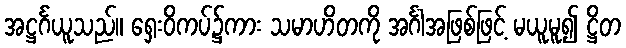
အဋ္ဌင်္ဂယူသည်။ ရှေးဝိကပ်၌ကား သမာဟိတကို အင်္ဂါအဖြစ်ဖြင့် မယူမူ၍ ဋ္ဌိတ